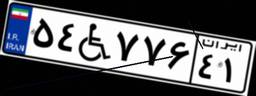
۵۴W۷۷۶۴۱